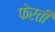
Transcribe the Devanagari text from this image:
फेरती